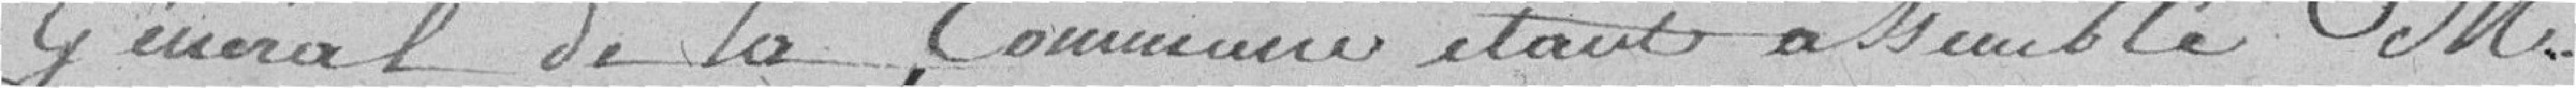
général de la commune étant assemblé monsieur